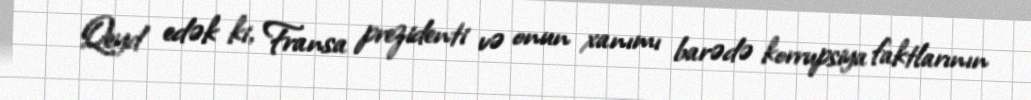
Qeyd edək ki, Fransa prezidenti və onun xanımı barədə korrupsiya faktlarının